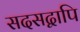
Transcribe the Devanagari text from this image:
सदसद्वापि